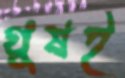
ঘুষই